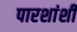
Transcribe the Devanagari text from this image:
पारशांशी